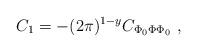
LaTeX: \begin{align*}C_1= -(2\pi )^{1-y}C_{\Phi_0\Phi\Phi_0}\ ,\end{align*}